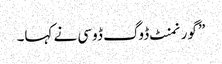
” گورنمنٹ ڈوگ ڈوسی نے کہا۔